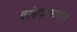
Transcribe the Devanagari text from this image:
बांधकामाबद्दल